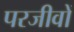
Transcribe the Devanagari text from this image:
परजीवों